system: You are a helpful assistant.
user:
Analyze the provided spectrum to determine if it is a **White Dwarf (WD)**.

A White Dwarf spectrum is defined by its **extreme purity** (due to gravitational settling) and/or **extreme pressure broadening** (due to high surface gravity). You must check for one of the following mutually exclusive signatures:

- **Key Visual Indicators (Check for ONE of these types):**

    - **1. DA-Type Signature (Most Common):**
        - **(Primary Feature):** Extreme pressure broadening (Stark broadening) of the **Hydrogen (H) Balmer lines**.
        - **(Key Lines):** $H\beta$ (approx. $4861$ Å) and $H\gamma$ (approx. $4340$ Å). $H\alpha$ (approx. $6563$ Å) will also be present if the wavelength range covers it.
        - **(Line Profile):** This is the **defining feature**. The lines are **NOT** sharp. They appear as massive, **extremely broad and deep "troughs" or "dips"** in the spectrum, often hundreds of Ångströms wide. The continuum will appear to "scoop" down at these wavelengths.
        - **(Distinction):** Normal A-type or B-type stars have *narrow* and *sharp* Hydrogen lines. A DA White Dwarf's lines are unmistakably "smeared" or "blurry" from pressure.

    - **2. DB-Type Signature:**
        - **(Primary Feature):** Broad absorption lines from **Neutral Helium (He I)**. The spectrum must lack any visible Hydrogen lines.
        - **(Key Lines):** Look for broad absorption near $4471$ Å, $4921$ Å, and $5876$ Å.
        - **(Line Profile):** These lines are also significantly pressure-broadened, appearing much wider than they would in a normal B-type main-sequence star.

    - **3. DC-Type Signature:**
        - **(Primary Feature):** A **featureless continuous spectrum**.
        - **(Line Profile):** The spectrum is a smooth curve with **no significant absorption or emission lines**.
        - **(Key Confirmation):** The continuum is almost always **blue or white**, indicating a hot object. This signature implies the atmosphere is so pure (or so cool) that no spectral lines are visible in the optical range. Its WD identity is confirmed by its extremely low intrinsic brightness (high absolute magnitude).

    - **4. DZ-Type Signature (Metal-Polluted):**
        - **(Primary Feature):** **Isolated, narrow metal absorption lines** on an otherwise featureless (DC-like) continuum.
        - **(Key Lines):** The **Calcium (Ca II) H & K doublet** (approx. **$3934$ Å** and **$3968$ Å**) is the most common and defining feature.
        - **(Line Profile):** These lines are "out of place." They are *not* part of a "forest" of thousands of lines. This signature is evidence of recent *accretion* (pollution) from rocky debris.
        - **(Distinction):** Normal G/K/M stars have a *dense forest* of thousands of metal lines. A DZ has a *clean* continuum with *only a few* strong metal lines.

    - **5. DQ-Type Signature (Carbon-Polluted):**
        - **(Primary Feature):** Absorption bands from **Carbon (C₂ "Swan Bands" or atomic C I)**.
        - **(Key Lines - C₂):** Look for bandheads with a "saw-tooth" shape near $5635$ Å, **$5165$ Å** (strongest), and $4737$ Å.
        - **(Key Confirmation):** The underlying **continuum must be blue or white** (hot).
        - **(Distinction):** This is the critical difference from a **Carbon Star**, which has the *exact same* C₂ bands but on an extremely **red, cool** continuum.

- **(Overall Spectrum):**
    - The continuum (overall shape) is typically **blue-sloping** (brighter in the blue than the red), as most white dwarfs are very hot.
    - The spectrum will look "pure" or "simple," dominated by only *one* of the five signatures listed above.

Think first, call **spectral_visualization_tool** if needed to examine features in detail, then provide your final answer. Your response must adhere to the following strict rules:
1.  **Overall Structure:** Your response must follow the format `<think>...</think> <tool_call>...</tool_call> (if a tool is used) <answer>...</answer>`.
2.  **Tool Usage Constraint:** You may only make **one** tool call per turn.
3.  **Final Answer Format:** In the `<answer>` tag, your conclusion must be inside a `\boxed{}` command (e.g., `\boxed{YES}` or `\boxed{NO}`), followed by your justification.

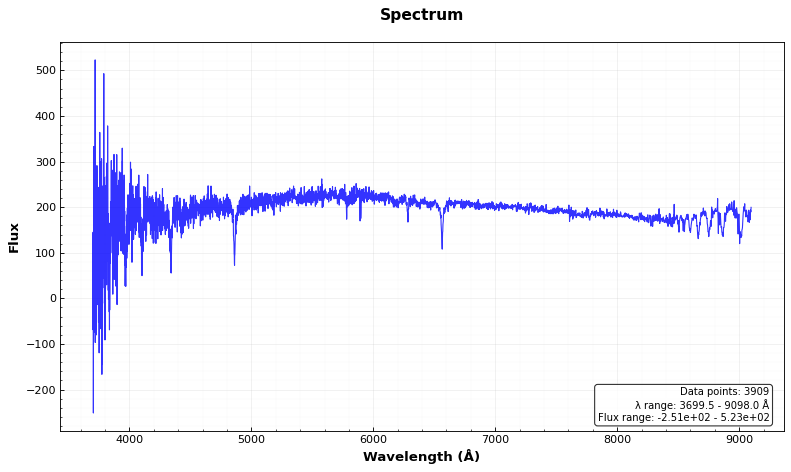
Answer: NO